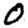
Digit: 0